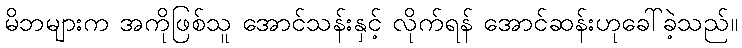
မိဘများက အကိုဖြစ်သူ အောင်သန်းနှင့် လိုက်ရန် အောင်ဆန်းဟုခေါ်ခဲ့သည်။